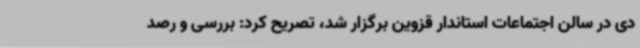
دی در سالن اجتماعات استاندار قزوین برگزار شد، تصریح کرد: بررسی و رصد